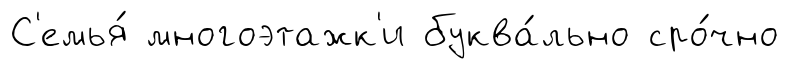
С'емья́ многоэтажк'и буква́льно сро́чно